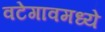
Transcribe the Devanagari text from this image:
वटेगावमध्ये